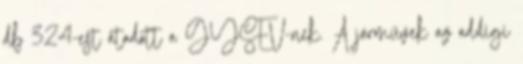
db 324-est átadott a GYSEV-nek. A járművek az addigi